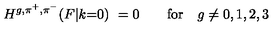
H ^ { g , \pi ^ { + } , \pi ^ { - } } ( F | k { = } 0 ) \ = 0 \qquad \mathrm { f o r } \quad g \neq 0 , 1 , 2 , 3